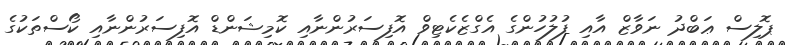
ޕޮލިސް ޢަބްދު ނަވާޒް އާއި ފުލުހުންގެ އެގްޒެކެޓިވް އޮފިސަރުންނާއި ކޮމިޝަންޑް އޮފިސަރުންނާއި ކޯސްތަކުގެ